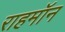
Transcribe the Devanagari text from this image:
राहमॉन